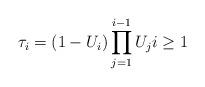
LaTeX: \begin{align*}\tau_i=(1-U_i) \prod_{j=1}^{i-1} U_j i\geq 1\end{align*}